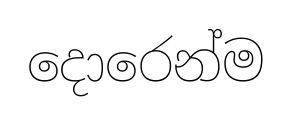
දොරෙන්ම